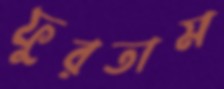
ফুরতাম